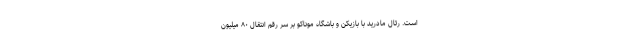
است. رئال‌ مادرید با بازیکن و باشگاه موناکو بر سر رقم انتقال ۸۰ میلیون